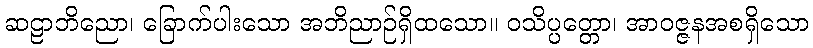
ဆဠာဘိညော၊ ခြောက်ပါးသော အဘိညာဉ်ရှိထသော။ ဝသိပ္ပတ္တော၊ အာဝဇ္ဇနအစရှိသော